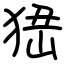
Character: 峱